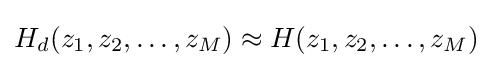
H_{d}(z_{1},z_{2},\ldots ,z_{M})\approx H(z_{1},z_{2},\ldots ,z_{M})